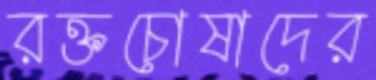
রক্তচোষাদের